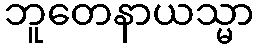
ဘူတေနာယသ္မာ